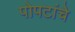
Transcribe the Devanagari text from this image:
पोपटांचे